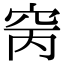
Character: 窉